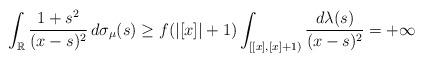
LaTeX: \begin{align*}\int_{\mathbb{R}}\frac{1+s^{2}}{(x-s)^{2}}\,d\sigma_{\mu}(s)\geq f(|[x]|+1)\int_{[[x],[x]+1)}\frac{d\lambda(s)}{(x-s)^{2}}=+\infty\end{align*}